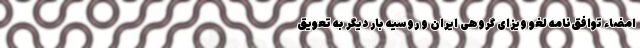
امضاء توافق‌نامه لغو ویزای گروهی ایران و روسیه بار دیگر به تعویق